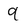
Character: 9